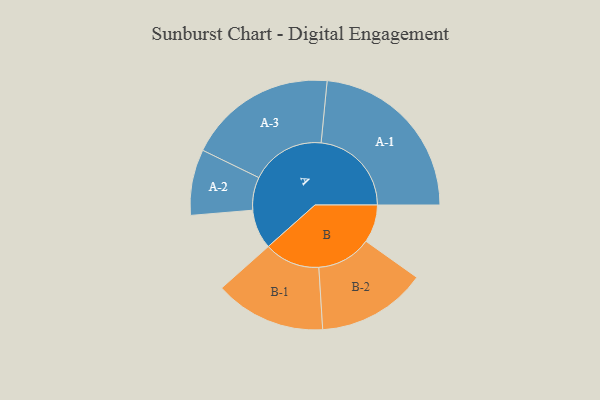
{"axis": {"x": "Segment", "y": "Value"}, "legend": ["", "A", "B"], "data": [{"x": "A", "y": 127, "type": ""}, {"x": "B", "y": 122, "type": ""}, {"x": "A-1", "y": 291, "type": "A"}, {"x": "A-2", "y": 106, "type": "A"}, {"x": "A-3", "y": 240, "type": "A"}, {"x": "B-1", "y": 179, "type": "B"}, {"x": "B-2", "y": 176, "type": "B"}]}